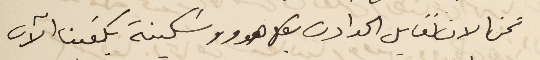
نحن الان نقابل الحوادث بكل هدوء وسَكينة يكفينا الآن